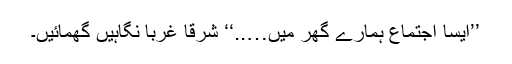
’’ایسا اجتماع ہمارے گھر میں…..‘‘ شرقاً غرباً نگاہیں گھمائیں۔